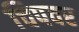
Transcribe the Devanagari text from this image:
चिपवर